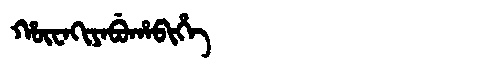
Manchu: ᡥᡡᠸᠠᡴᡳᠶᠠᠪᡠᡥᠠᠪᡳᡥᡝ
Romanization: HŪWAKIYABUHABIHE